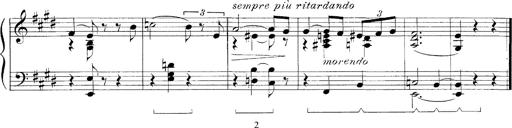
Title: FÃ¼nf KlavierstÃ¼cke
Composer: Franz Liszt